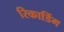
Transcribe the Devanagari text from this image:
रिकाडिंग